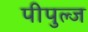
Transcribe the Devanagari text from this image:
पीपुल्ज